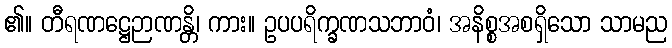
၏။ တီရဏဋ္ဌေဉာဏန္တိ၊ ကား။ ဥပပရိက္ခဏသဘာဝံ၊ အနိစ္စအစရှိသော သာမည